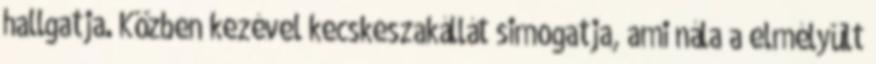
hallgatja. Közben kezével kecskeszakállát simogatja, ami nála a elmélyült